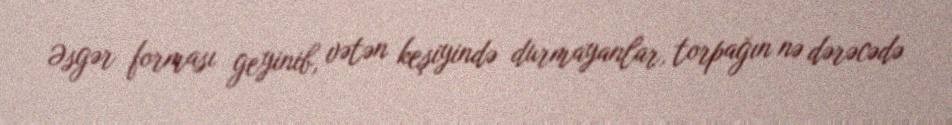
Əsgər forması geyinib, vətən keşiyində durmayanlar, torpağın nə dərəcədə